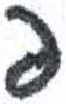
אות: פ